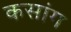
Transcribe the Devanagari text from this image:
कसांग